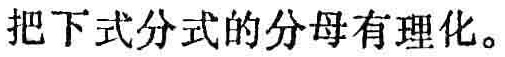
把下式分式的分母有理化。